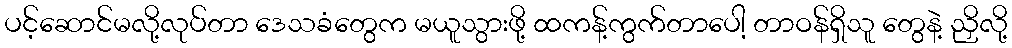
ပင့်ဆောင်မလို့လုပ်တာ ဒေသခံတွေက မယူသွားဖို့ ထကန့်ကွက်တာပေါ့ တာဝန်ရှိသူ တွေနဲ့ ညှိလို့